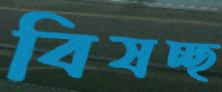
বিষচ্ছ